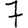
Digit: 7